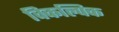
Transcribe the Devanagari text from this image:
विकल्पिक